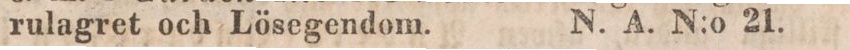
rulagret och Lösegendom.    N. A. N:o 21.